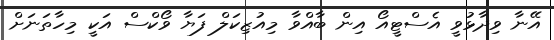
އޭނާ ވިދާޅުވީ އެސްޓީއޯ އިން ބާއްވާ މިއުޒިކަލް ފަޔާ ވޯކްސް އަކީ މިހާތަނަށް